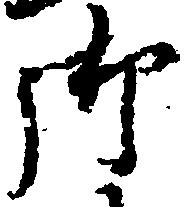
御